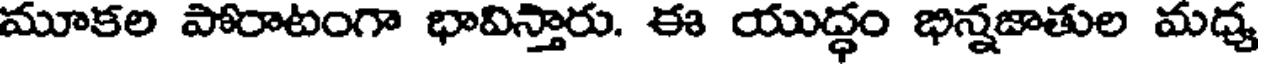
మూకల పోరాటంగా భావిస్తారు. ఈ యుద్ధం భిన్నజాతుల మధ్య